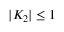
| K _ { 2 } | \le 1